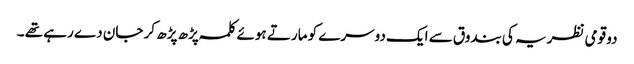
دو قومی نظریہ کی بندوق سے ایک دوسرے کو مارتے ہوئے کلمہ پڑھ پڑھ کر جان دے رہے تھے ۔